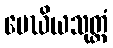
မေဃိယသုတ္တံ